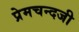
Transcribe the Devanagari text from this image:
प्रेमचन्दजी